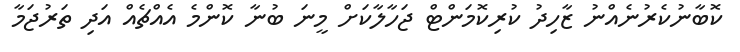
ކޮބާނުކެރުނެއްނު ޒާހިދު ކުރިކޮމަންޓް ޖަހާލާކަށް މީނަ ބުނާ ކޮންމެ އެއްޗެއް އަދި ތަރުޖަމާ